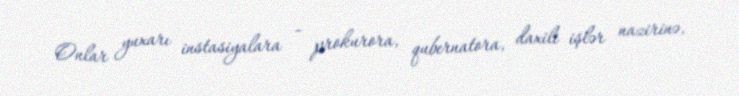
Onlar yuxarı instasiyalara - prokurora, qubernatora, daxili işlər nazirinə,